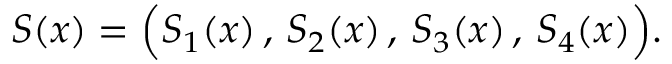
S ( x ) = \Big ( S _ { 1 } ( x ) \, , \, S _ { 2 } ( x ) \, , \, S _ { 3 } ( x ) \, , \, S _ { 4 } ( x ) \Big ) .